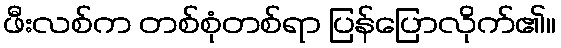
ဖီးလစ်က တစ်စုံတစ်ရာ ပြန်ပြောလိုက်၏။